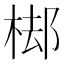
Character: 𣓹